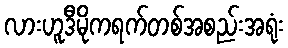
လားဟူဒီမိုကရက်တစ်အစည်းအရုံး